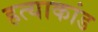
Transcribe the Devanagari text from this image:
हत्‍याकांड